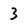
Character: 3